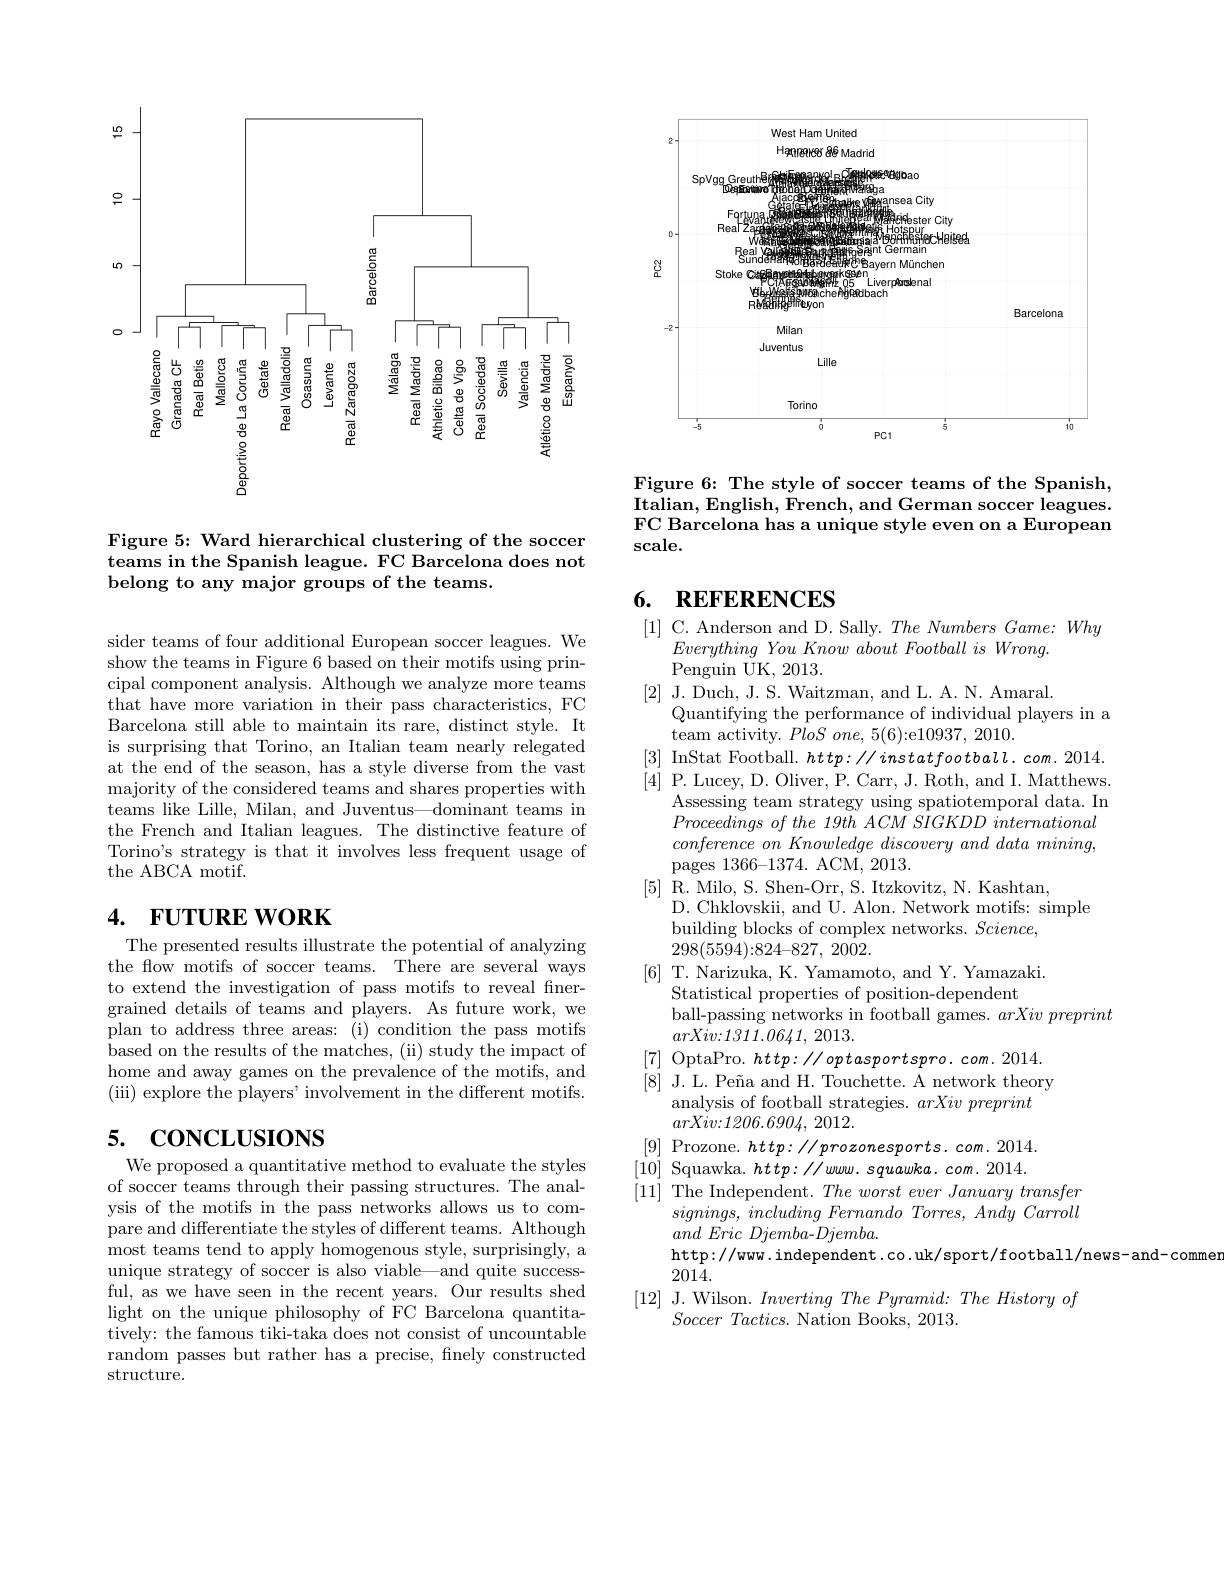
<FigureHere>

Figure 5: Ward hierarchical clustering of the soccer teams in the Spanish league. FC Barcelona does not belong to any major groups of the teams.

sider teams of four additional European soccer leagues. We show the teams in Figure 6 based on their motifs using principal component analysis. Although we analyze more teams that have more variation in their pass characteristics, FC Barcelona still able to maintain its rare, distinct style. It is surprising that Torino, an Italian team nearly relegated at the end of the season, has a style diverse from the vast majority of the considered teams and shares properties with teams like Lille, Milan, and Juventus—dominant teams in the French and Italian leagues. The distinctive feature of Torino's strategy is that it involves less frequent usage of the ABCA motif.

# 4. $FUTUREWORK$

The presented results illustrate the potential of analyzing the flow motifs of soccer teams. There are several ways to extend the investigation of pass motifs to reveal fnergrained details of teams and players. As future work, we plan to address three areas: (i) condition the pass motifs based on the results of the matches, ( ii) study the impact of home and away games on the prevalence of the motifs, and (iii) explore the players' involvement in the different motifs.

# 5. CONCLUSIONS

We proposed a quantitative method to evaluate the styles of soccer teams through their passing structures. The analysis of the motifs in the pass networks allows us to compare and differentiate the styles of different teams. Although most teams tend to apply homogenous style, surprisingly, a unique strategy of soccer is also viable—and quite successful, as we have seen in the recent years. Our results shed light on the unique philosophy of FC Barcelona quantitatively: the famous tiki-taka does not consist of uncountable random passes but rather has a precise, finely constructed structure.

<FigureHere>

Figure 6: The style of soccer teams of the Spanish, Italian, English, French, and German soccer leagues. FC Barcelona has a unique style even on a European $\sec$le.

# 6. REFERENCES

[1] C. Anderson and D. Sally. The Numbers Game: Why
Everything You Know about Football $is$ $Wrong.$
Penguin UK, 2013.
[2] J. Duch, J. S. Waitzman, and L. A. N. Amaral.
Quantifying the performance of individual players in a
team activity. $PloSone,5(6){:}$e10937,2010.
[3] InStat Football. $http://instatfootball.com.2014.$ [4] P. Lucey, D. Oliver, P. Carr, J. Roth, and I. Matthews.
Assessing team strategy using spatiotemporal data. In $Proceedings\textit{ of the 19th ACM SIGKDD intemational}$ $conference\textit{ on Knowledge discovery and data mining, }$ pages 1366-1374. ACM, 2013.
[5] R. Milo, S. Shen-Orr, S. Itzkovitz, N. Kashtan,
D. Chklovskii, and U. Alon. Network motifs: simple
building blocks of complex networks. $Science$,
298(5594){:}824{-}827, 2002.
[6] T. Narizuka, K. Yamamoto, and Y. Yamazaki.
Statistical properties of position-dependent
ball-passing networks in football games. arXivpreprint
$arXiv{:}1311.0641,2013.$
[7] OptaPro. $http://optasportspro.com.2014.$ [8] J.L. Peña and H. Touchette. A network theory
analysis of football strategies. arXivpreprint
$arXiv{: }1206. 6904$, 2012.
[9] Prozone. $http://prozonesports.com.2014.$ [10] Squawka. $http: / / www. \textit{ squawka. com. 2014. }$ [11] The Independent. $The\textit{worst ever January transfer}$
$signings$, including Fernando Torres, Andy Carroll
$and\textit{Eric Djemba- Djemba}$
http://www.independent.co.uk/sport/football/news-and-comme
2014.
[12] J. Wilson. Inverting The Pyramid: The History of
$Soccer\textit{ Tactics.  Nation Books,  2013. }$